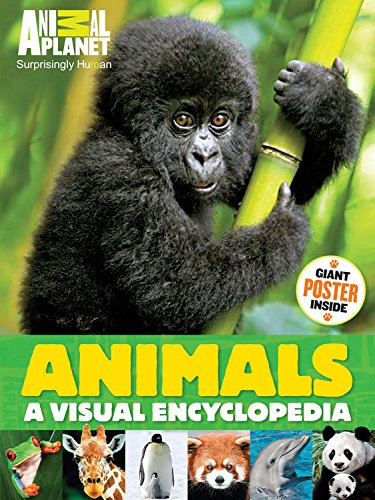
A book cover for Animal Planet Animals: A Visual Encyclopedia; Animal Planet; Reference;